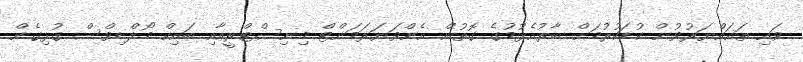
ވައި ތަޣައްޔަރުވުން ކުޑަކުރުމަށް ބާރުއެޅުމުގެ ގޮތުން އެންވަޔަރަމަންޓް މިނިސްޓްރީއާއި ބައިކް މޯލްޑިވްސް ގުޅިގެން